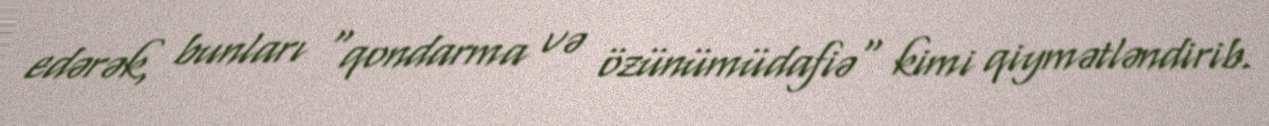
edərək, bunları "qondarma və özünümüdafiə" kimi qiymətləndirib.